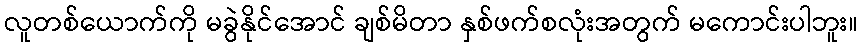
လူတစ်ယောက်ကို မခွဲနိုင်အောင် ချစ်မိတာ နှစ်ဖက်စလုံးအတွက် မကောင်းပါဘူး။